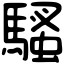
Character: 騷